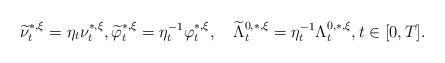
LaTeX: \begin{align*}\widetilde{\nu}_t^{*,\xi}=\eta_t \nu_t^{*,\xi},\widetilde{\varphi}_t^{*,\xi}=\eta^{-1}_t\varphi_t^{*,\xi} ,\quad\widetilde{\Lambda}_t^{0,*,\xi}=\eta^{-1}_t\Lambda_t^{0,*,\xi}, t\in[0,T].\end{align*}